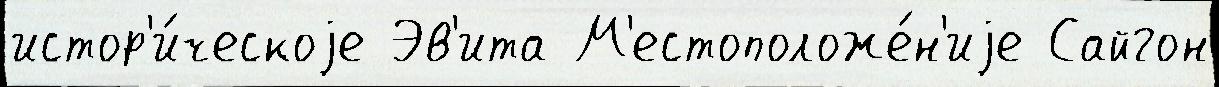
истор'и́ческоjе Эв'ита М'естоположе́н'иjе Сайгон